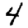
Digit: 4